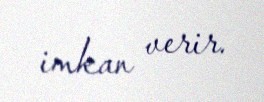
imkan verir.